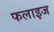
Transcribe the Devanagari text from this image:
फलाइज